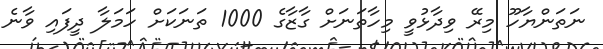
ނަތަންޔާހޫ މިރޭ ވިދާޅުވީ މިހާތަނަށް ގާޒާގެ 1000 ތަނަކަށް ހަމަލާ ދީފައި ވާނެ